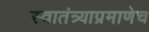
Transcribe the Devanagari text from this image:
स्वातंत्र्याप्रमाणेच